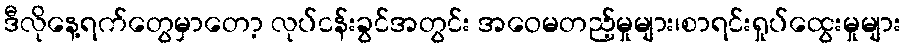
ဒီလိုနေ့ရက်တွေမှာတော့ လုပ်ငန်းခွင်အတွင်း အဝေမတည့်မှုများ၊စာရင်းရှုပ်ထွေးမှုများ